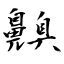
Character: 齅